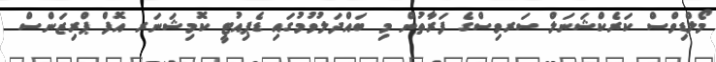
މޯލްޑިވްސް ކަރެކްޝަނަލް ސަރވިސްގެ ފަރާތުން މި ބައްދަލުވުމުގައި ޑެޕިއުޓީ ކޮމިޝަނަރ އޮފް ޕްރިޒަންސް